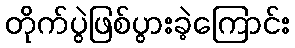
တိုက်ပွဲဖြစ်ပွားခဲ့ကြောင်း